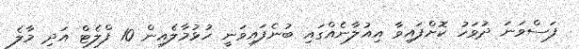
ފަސްވަނަ ދުވަހު ކޮށްފައިވާ އިއުލާނެއްގައި ބުނެފައިވަނީ ހުޅުމާލެއިން 10 ފްލެޓް އަދި މާލެ